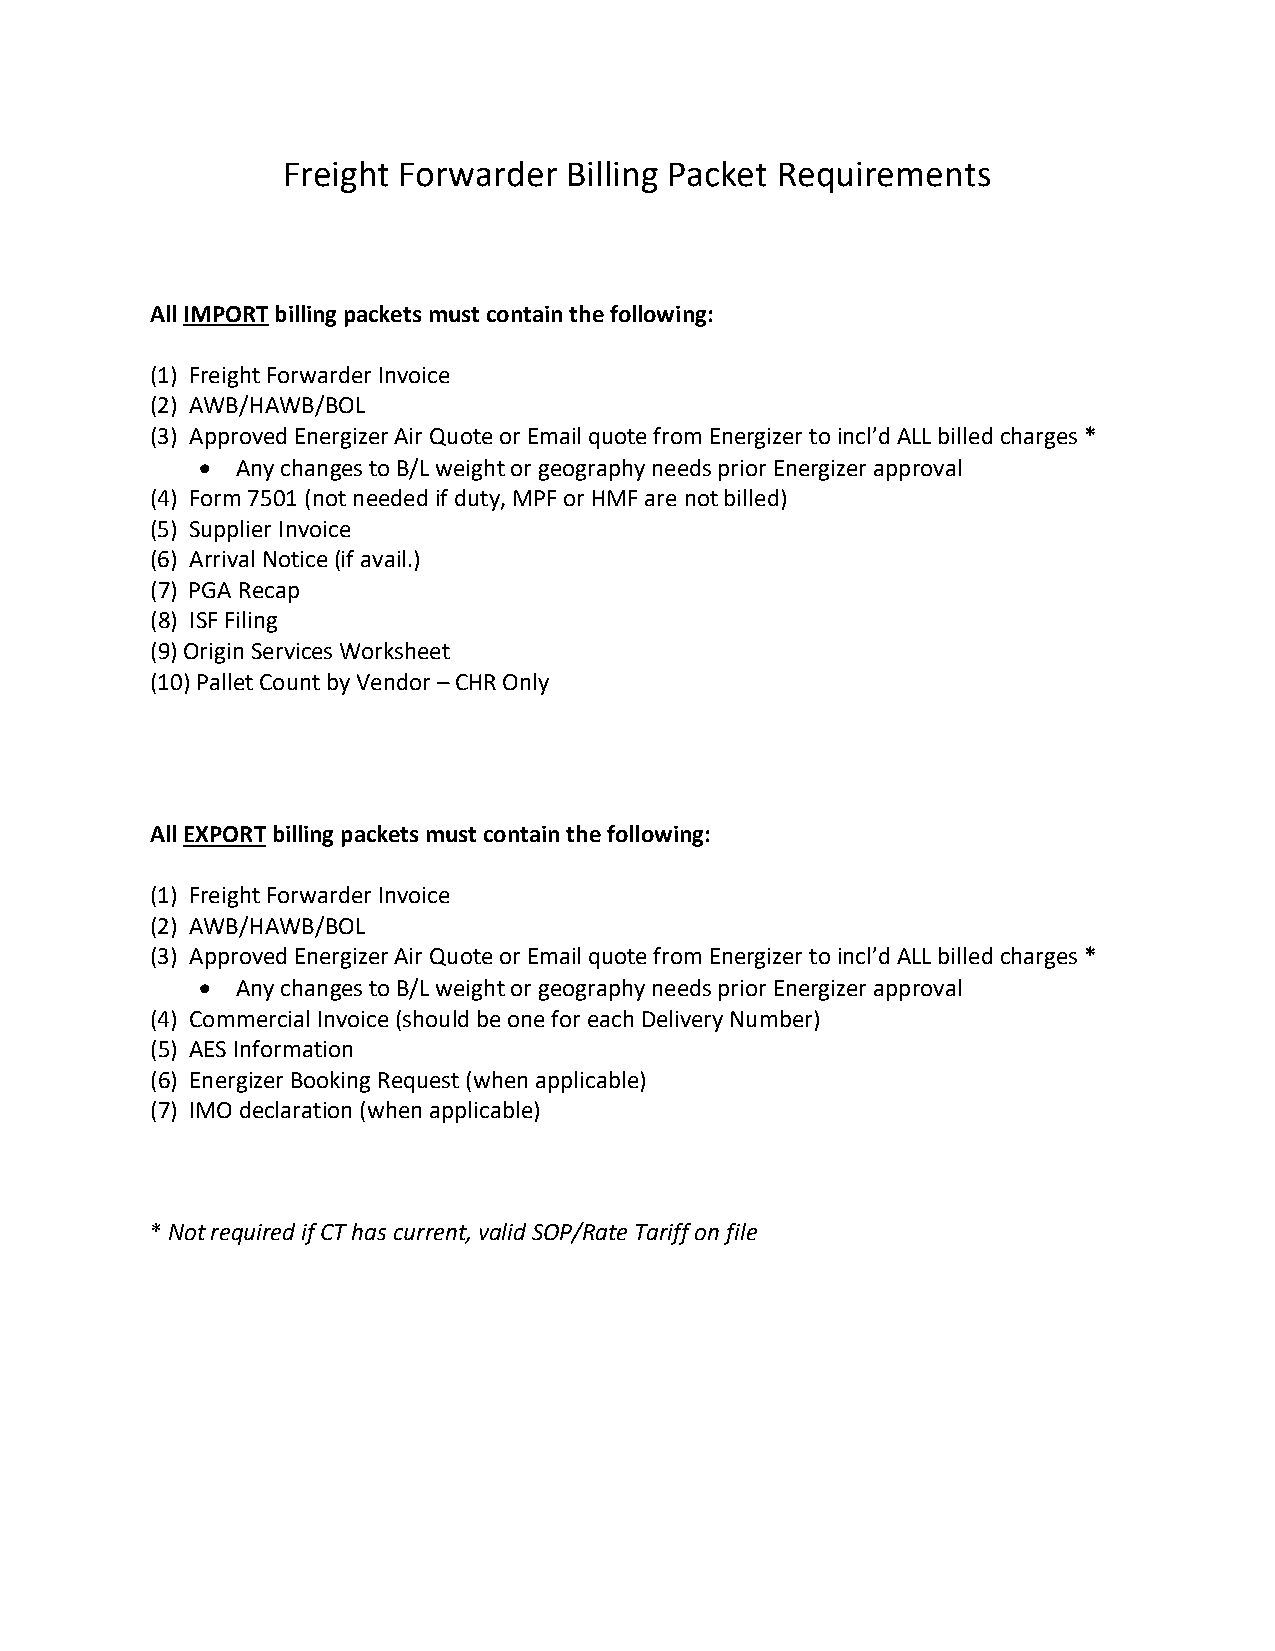
Freight Forwarder  Billing Packet Requirements
 All IMPORT billing packets must contain the following:
 (1) Freight Forwarder Invoice
 (2) AWB/HAWB/BOL
 (3) Approved Energizer Air Quote or Email quote from Energizer to incl’d ALL billed charges *
 •  Any changes to B/L weight or geography needs prior Energizer approval
 (4) Form 7501 (not needed if duty, MPF or HMF are not billed)
 (5) Supplier Invoice
 (6) Arrival Notice (if avail.)
 (7) PGA Recap
 (8) ISF Filing
 (9) Origin Services Worksheet
 (10) Pallet Count by Vendor – CHR Only
 All EXPORT billing packets must contain the following:
 (1) Freight Forwarder Invoice
 (2) AWB/HAWB/BOL
 (3) Approved Energizer Air Quote or Email quote from Energizer to incl’d ALL billed charges *
 •  Any changes to B/L weight or geography needs prior Energizer approval
 (4) Commercial Invoice (should be one for each Delivery Number)
 (5) AES Information
 (6) Energizer Booking Request (when applicable)
 (7) IMO declaration (when applicable)
 * Not required if CT has current, valid SOP/Rate Tariff on file